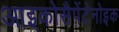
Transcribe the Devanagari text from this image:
आइकोसैपेंटेनोइक